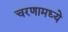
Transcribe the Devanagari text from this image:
चरणामध्ये